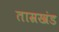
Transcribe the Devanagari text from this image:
ताम्रखंड